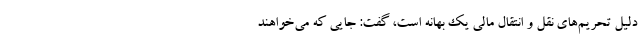
دلیل تحریم‌های نقل و انتقال مالی یک بهانه است، گفت: جایی که می‌خواهند